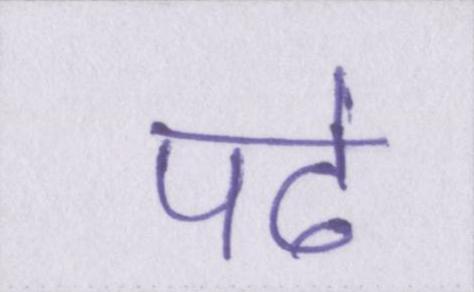
पढे